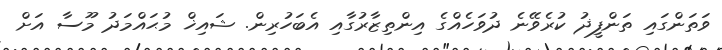
ވަތަންގައި ތަންފީޛު ކުރެވޭނެ ދުވަހެއްގެ އިންތިޒާރުގާއި އެބަހުރިން. ޝައިޚް މުޙައްމަދު މޫސާ އަށް